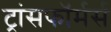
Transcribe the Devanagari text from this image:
ट्रांसफॉर्मर्स